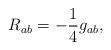
LaTeX: \begin{align*}R_{ab}=-\frac{1}{4}g_{ab},\end{align*}